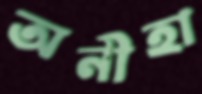
অনীহা